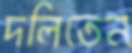
দলিতেন